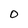
Character: O